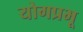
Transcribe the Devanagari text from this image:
योगप्रभू